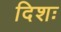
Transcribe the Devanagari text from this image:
दिशः